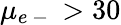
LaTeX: \mu_{e\mathrm{~-~}}>30